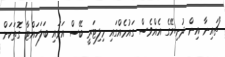
"ޗައިނާ އިން ދުނިޔޭގެ އެއްވެސް ގައުމެއްގައި މިލިޓަރީ ބޭސް އަޅައި ބަލަހައްޓާ ގޮތަކަށް